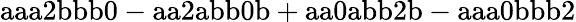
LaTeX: \mathrm{aaa2bbb0-aa2abb0b+aa0abb2b-aaa0bbb2}